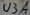
Text: U3A